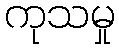
ကုသမှု